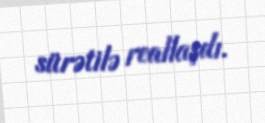
sürətilə reallaşdı.